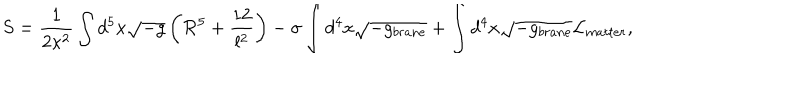
S = \frac { 1 } { 2 \kappa ^ { 2 } } \int d ^ { 5 } x \sqrt { - g } \left( { \cal R } ^ { 5 } + \frac { 1 2 } { l ^ { 2 } } \right) - \sigma \int d ^ { 4 } x \sqrt { - g _ { b r a n e } } + \int d ^ { 4 } x \sqrt { - g _ { b r a n e } } { \cal L } _ { m a t t e r } ,